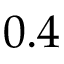
0 . 4